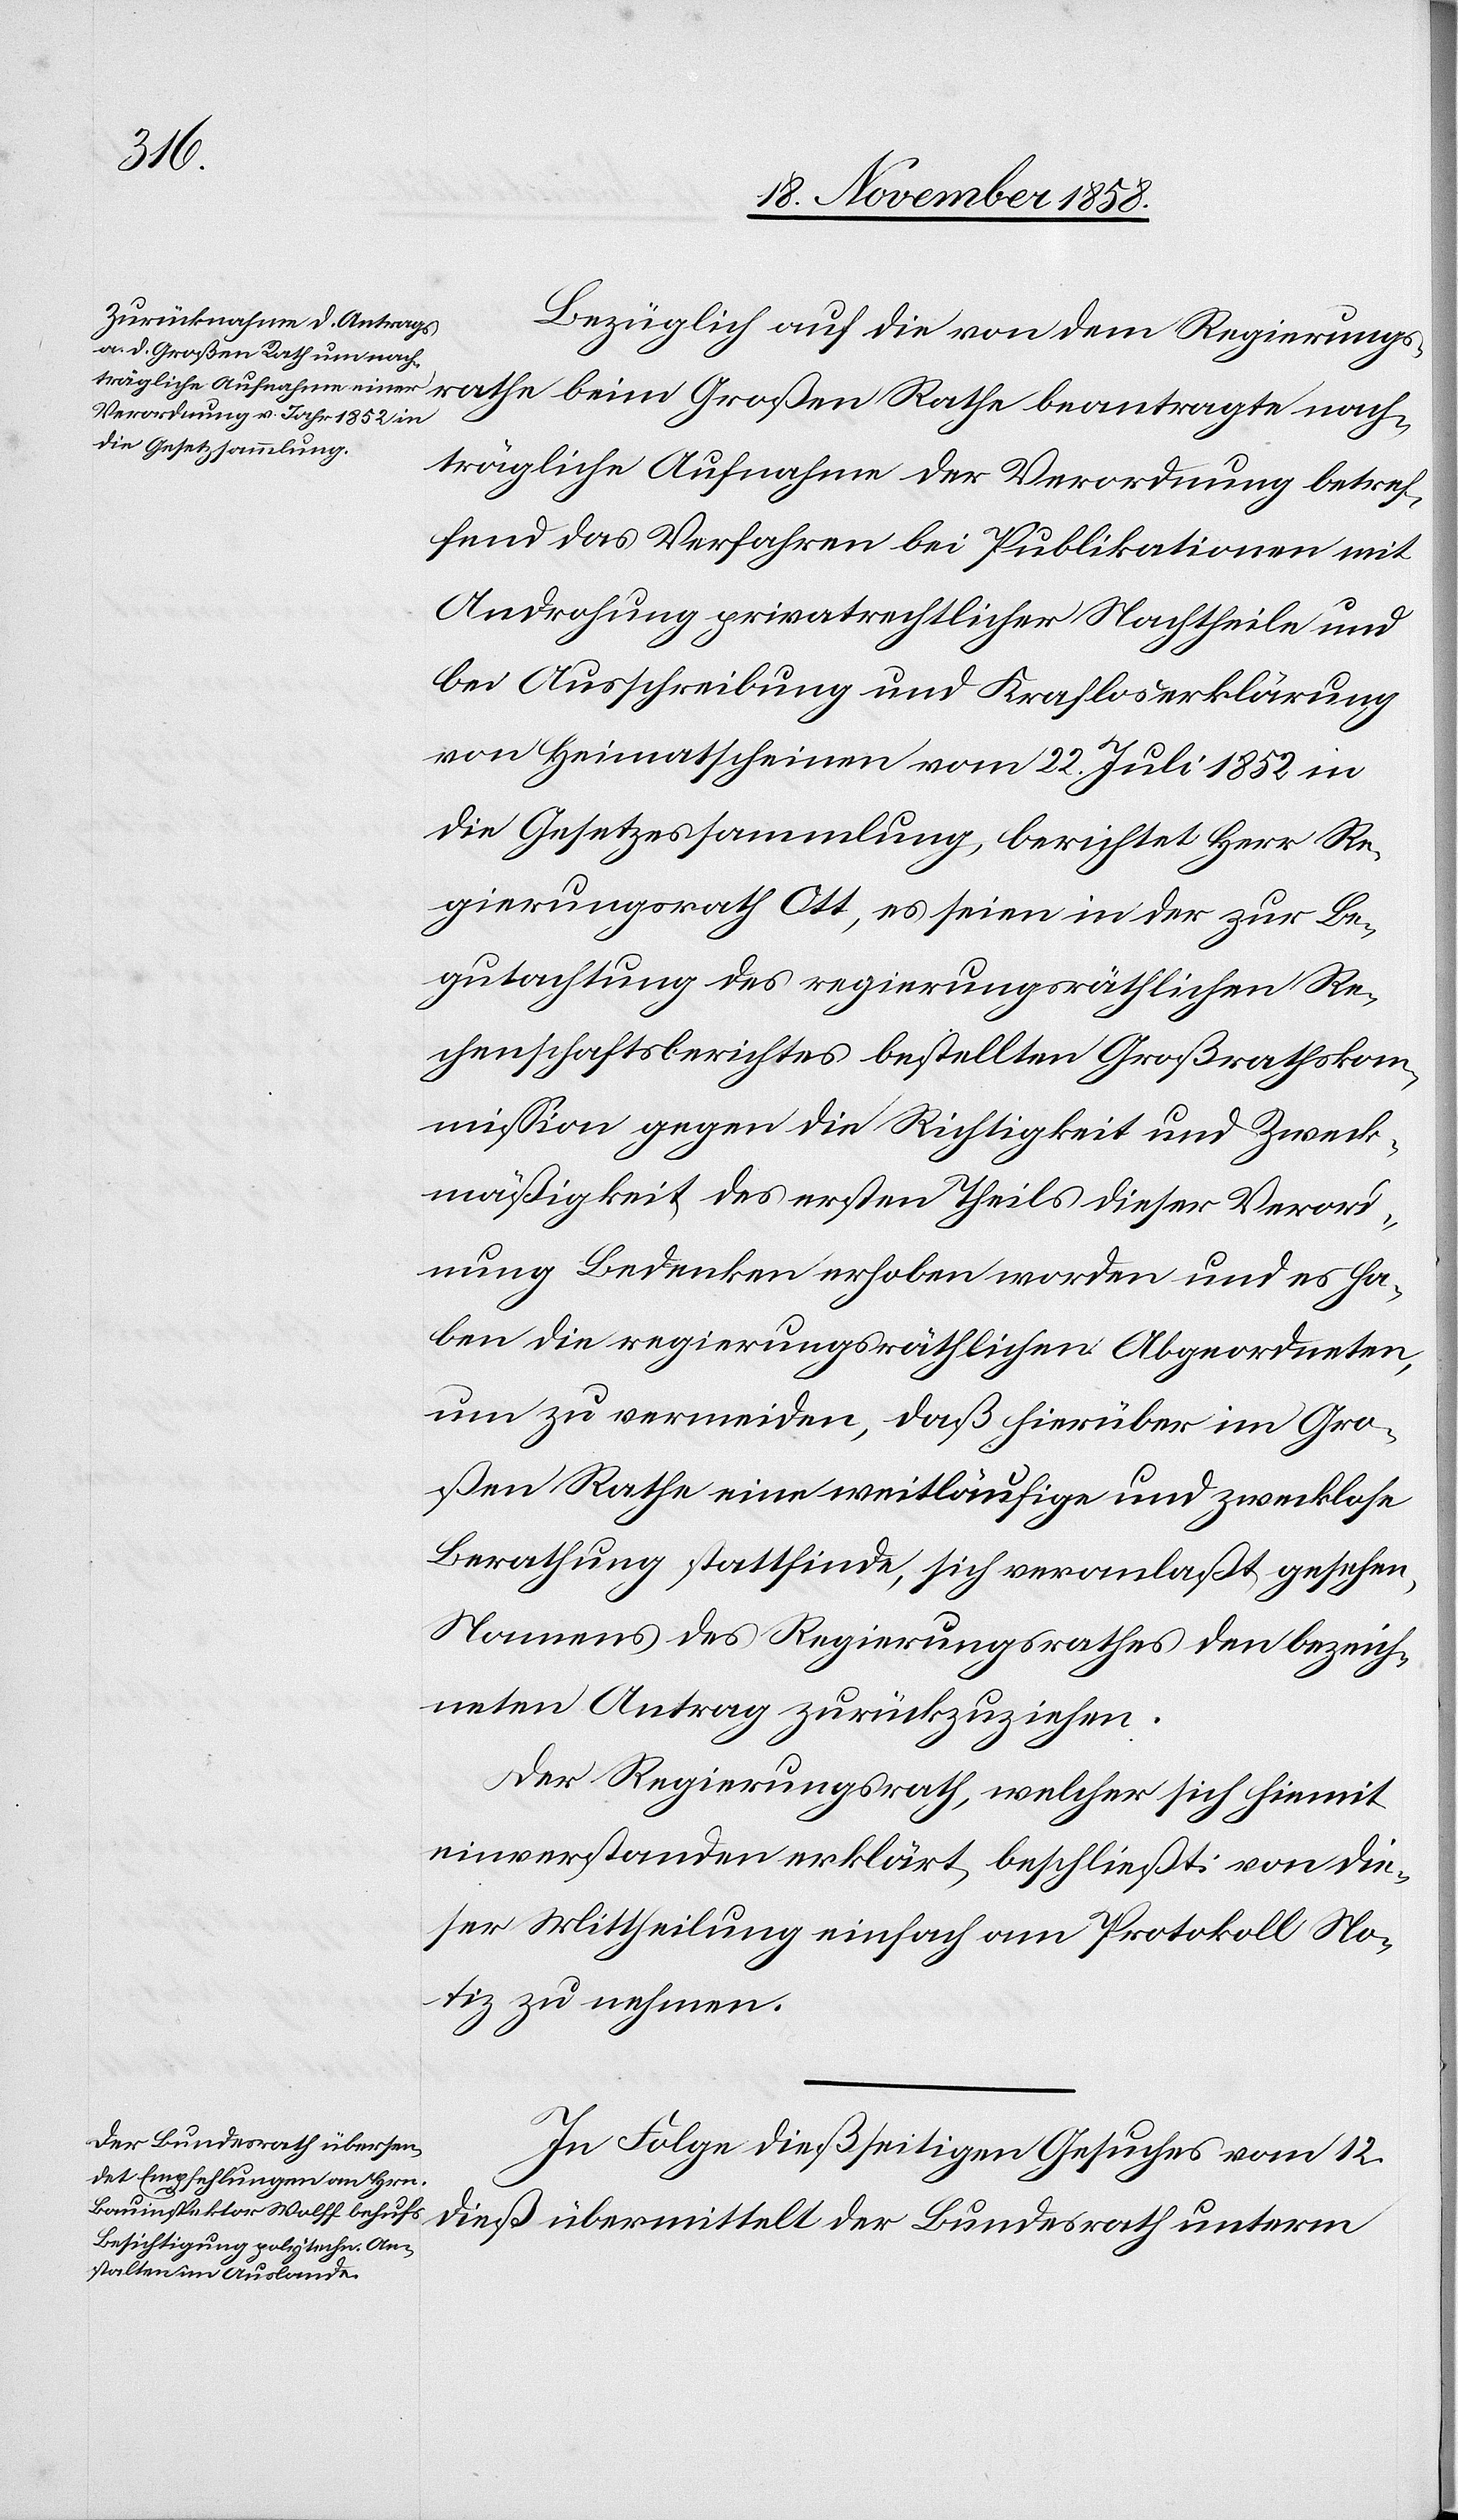
athe
Bezüglich auf die von dem Regierungsr¬
nachträgliche Aufnahme der Verordnung betref¬
fend das Verfahren bei Publikationen mit
Androhung privatrechtlicher Nachtheile und
bei Ausschreibung und Kraf[t]loserklärung
von Heimatscheinen vom 22. Juli 1852 in
die Gesetzessammlung, berichtet Herr Re¬
gierungsrath Ott, es seien in der zur Be¬
gutachtung des regierungsräthlichen Re¬
chenschaftsberichtes bestellten Großrathskom¬
mission gegen die Richtigkeit und Zweck¬
mäßigkeit des ersten Theils dieser Verord¬
nung Bedenken erhoben worden und es ha¬
ben die regierungsräthlichen Abgeordneten,
um zu vermeiden, daß hierüber im Gro¬
ßen Rathe eine weitläufige und zwecklose
Berathung stattfinde, sich veranlaßt gesehen,
Namens des Regierungsrathes den bezeich¬
neten Antrag zurückzuziehen.
Der Regierungsrath, welcher sich hiemit
einverstanden erklärt, beschließt: von die¬
ser Mittheilung einfach am Protokoll No¬
tiz zu nehmen.
In Folge dießseitigen Gesuches vom 12.
dieß übermittelt der Bundesrath unterm